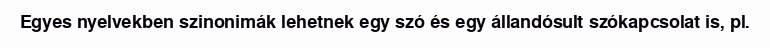
Egyes nyelvekben szinonimák lehetnek egy szó és egy állandósult szókapcsolat is, pl.